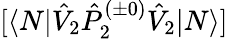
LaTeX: [\langle N|\hat{V}_{2}\hat{P}_{2}^{(\pm 0)}\hat{V}_{2}|N\rangle]